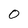
Character: 0